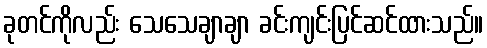
ခုတင်ကိုလည်း သေသေချာချာ ခင်းကျင်းပြင်ဆင်ထားသည်။